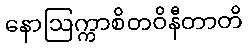
နောဩက္ကာစိတဝိနီတာတိ